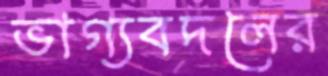
ভাগ্যবদলের